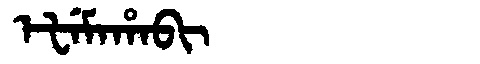
Manchu: ᡝᡶᡝᠮᠠᡥᠠᠪᡳ
Romanization: EFEMAHABI